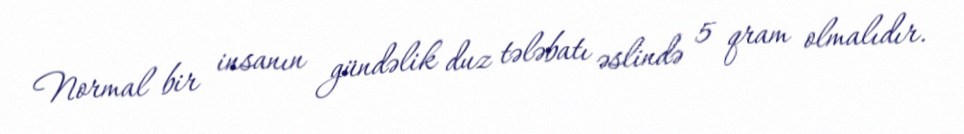
Normal bir insanın gündəlik duz tələbatı əslində 5 qram olmalıdır.